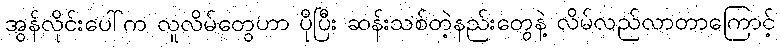
အွန်လိုင်းပေါ်က လူလိမ်တွေဟာ ပိုပြီး ဆန်းသစ်တဲ့နည်းတွေနဲ့ လိမ်လည်လာတာကြောင့်